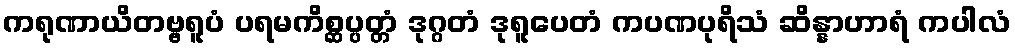
ကရုဏာယိတဗ္ဗရူပံ ပရမကိစ္ဆပ္ပတ္တံ ဒုဂ္ဂတံ ဒုရူပေတံ ကပဏပုရိသံ ဆိန္နာဟာရံ ကပါလံ